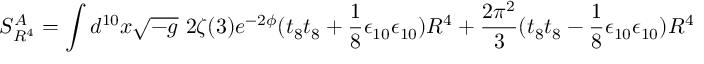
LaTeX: S _ { R ^ { 4 } } ^ { A } = \int d ^ { 1 0 } x \sqrt { - g } ~ 2 \zeta ( 3 ) e ^ { - 2 \phi } ( t _ { 8 } t _ { 8 } + \frac { 1 } { 8 } \epsilon _ { 1 0 } \epsilon _ { 1 0 } ) R ^ { 4 } + \frac { 2 \pi ^ { 2 } } { 3 } ( t _ { 8 } t _ { 8 } - \frac { 1 } { 8 } \epsilon _ { 1 0 } \epsilon _ { 1 0 } ) R ^ { 4 }